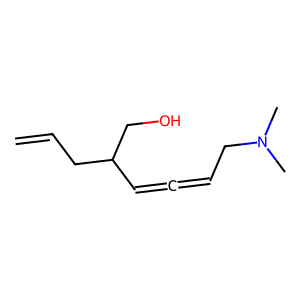
SMILES: C=CCC(C=C=CCN(C)C)CO
Inhibits HIV replication: No